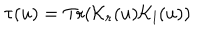
\tau ( u ) = \mathrm { T r } ( { \cal K } _ { r } ( u ) { \cal K } _ { l } ( u ) )